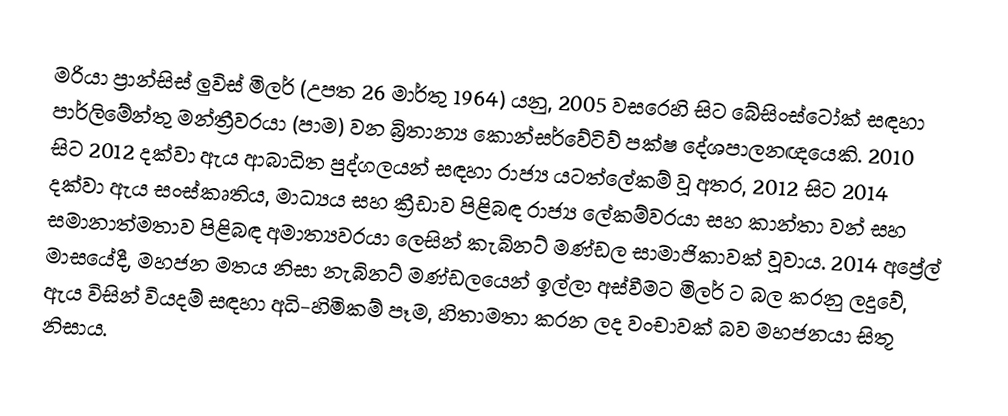
මරියා ප්‍රාන්සිස් ලුවිස් මිලර් (උපත 26 මාර්තු 1964) යනු,  2005 වසරෙහි සිට  බේසිංස්ටෝක් සඳහා පාර්ලිමේන්තු මන්ත්‍රීවරයා (පාම) වන බ්‍රිතාන්‍ය කොන්සර්වේටිව් පක්ෂ දේශපාලනඥයෙකි.  2010 සිට 2012 දක්වා ඇය ආබාධිත පුද්ගලයන් සඳහා රාජ්‍ය යටත්ලේකම් වූ අතර, 2012 සිට 2014 දක්වා ඇය  සංස්කෘතිය, මාධ්‍යය සහ ක්‍රීඩාව පිළිබඳ රාජ්‍ය ලේකම්වරයා සහ කාන්තා වන් සහ සමානාත්මතාව පිළිබඳ අමාත්‍යවරයා ලෙසින් කැබිනට් මණ්ඩල සාමාජිකාවක් වූවාය.  2014 අප්‍රේල් මාසයේදී, මහජන මතය නිසා නැබිනට් මණ්ඩලයෙන් ඉල්ලා අස්වීමට මිලර් ට බල කරනු ලදුවේ, ඇය විසින් වියදම් සඳහා අධි-හිමිකම් පෑම, හිතාමතා කරන ලද වංචාවක් බව මහජනයා සිතූ නිසාය.